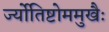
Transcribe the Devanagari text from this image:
र्ज्योतिष्टोममुखैः